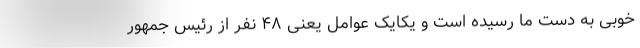
خوبی به دست ما رسیده است و یکایک عوامل یعنی ۴۸ نفر از رئیس جمهور